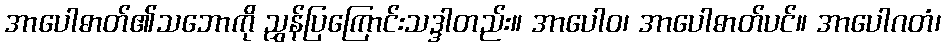
အာပေါဓာတ်၏သဘောကို ညွှန်ပြကြောင်းသဒ္ဒါတည်း။ အာပေါဝ၊ အာပေါဓာတ်ပင်။ အာပေါဂတံ၊